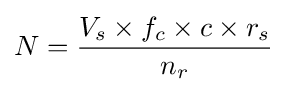
N={\frac {V_{s}\times f_{c}\times c\times r_{s}}{n_{r}}}